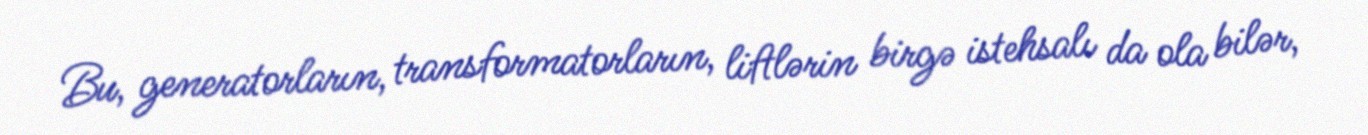
Bu, generatorların, transformatorların, liftlərin birgə istehsalı da ola bilər,